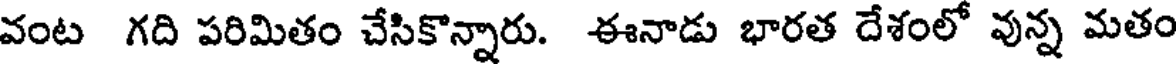
వంట గది పరిమితం చేసికొన్నారు. ఈనాడు భారత దేశంలో వున్న మతం